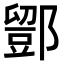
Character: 𨞌